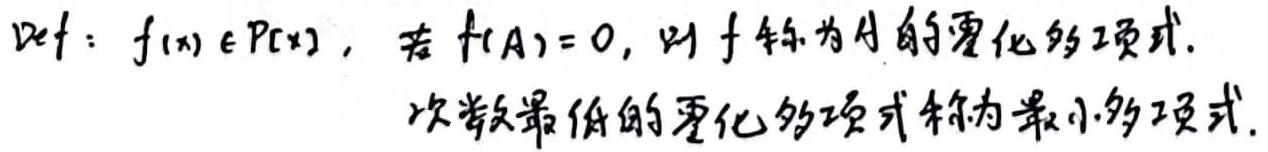
Def: $f(x)\in P[x]$, 若 $f(A) = 0$, 则 $f$ 称为 $A$ 的零化多项式.
次数最低的零化多项式称为最小多项式.